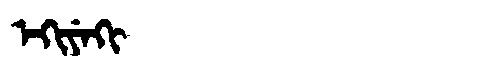
Manchu: ᡝᡴᡳᠶᡝᡴᡳ
Romanization: EKIYEKI